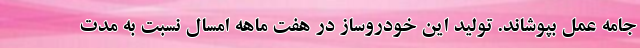
جامه عمل بپوشاند. تولید این خودروساز در هفت ماهه امسال نسبت به مدت